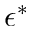
\epsilon ^ { * }